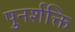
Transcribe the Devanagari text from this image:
पुनर्शक्ति